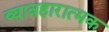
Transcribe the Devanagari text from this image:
व्यावहारात्मक